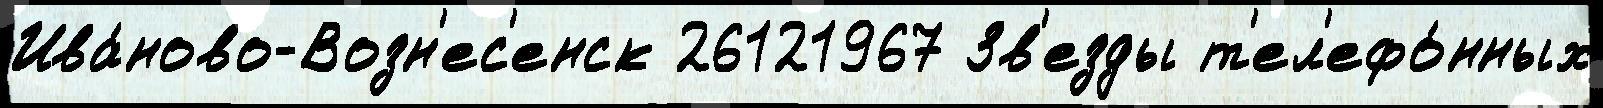
Ива́ново-Возн'ес'енск 26121967 Зв'езды т'ел'ефо́нных